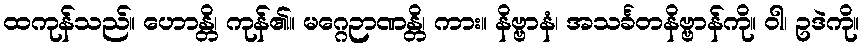
ထကုန်သည်။ ဟောန္တိ၊ ကုန်၏။ မဂ္ဂေဉာဏန္တိ၊ ကား။ နိဗ္ဗာနံ၊ အသင်္ခတနိဗ္ဗာန်ကို။ ဝါ၊ ဥဒဲကို။